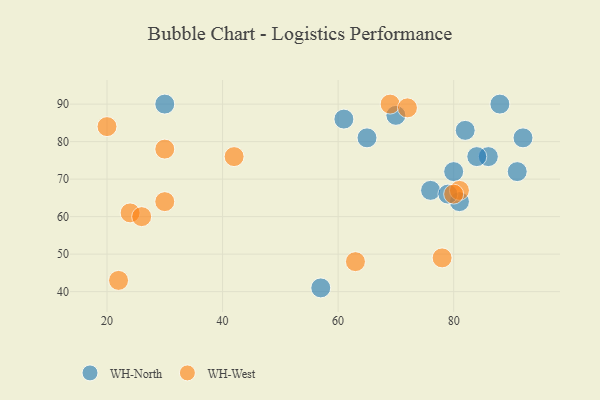
{"axis": {"x": "GDP", "y": "Life Expectancy"}, "legend": ["WH-North", "WH-West"], "data": [{"x": "81", "y": 64, "type": "WH-North"}, {"x": "88", "y": 90, "type": "WH-North"}, {"x": "70", "y": 87, "type": "WH-North"}, {"x": "86", "y": 76, "type": "WH-North"}, {"x": "80", "y": 72, "type": "WH-North"}, {"x": "92", "y": 81, "type": "WH-North"}, {"x": "65", "y": 81, "type": "WH-North"}, {"x": "76", "y": 67, "type": "WH-North"}, {"x": "30", "y": 90, "type": "WH-North"}, {"x": "57", "y": 41, "type": "WH-North"}, {"x": "84", "y": 76, "type": "WH-North"}, {"x": "82", "y": 83, "type": "WH-North"}, {"x": "91", "y": 72, "type": "WH-North"}, {"x": "79", "y": 66, "type": "WH-North"}, {"x": "61", "y": 86, "type": "WH-North"}, {"x": "69", "y": 90, "type": "WH-West"}, {"x": "24", "y": 61, "type": "WH-West"}, {"x": "22", "y": 43, "type": "WH-West"}, {"x": "26", "y": 60, "type": "WH-West"}, {"x": "63", "y": 48, "type": "WH-West"}, {"x": "78", "y": 49, "type": "WH-West"}, {"x": "72", "y": 89, "type": "WH-West"}, {"x": "20", "y": 84, "type": "WH-West"}, {"x": "81", "y": 67, "type": "WH-West"}, {"x": "30", "y": 78, "type": "WH-West"}, {"x": "80", "y": 66, "type": "WH-West"}, {"x": "30", "y": 64, "type": "WH-West"}, {"x": "42", "y": 76, "type": "WH-West"}]}